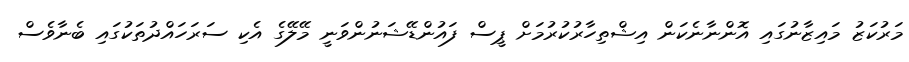
މަރުކަޒު މައިޒާނުގައި އޮންނާނެކަން އިޝްތިހާރުކުރުމަށް ޕީސް ފައުންޑޭޝަނުންވަނީ މޭލޭގެ އެކި ސަރަހައްދުތަކުގައި ބެނާވެސް